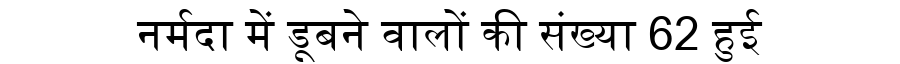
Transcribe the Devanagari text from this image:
नर्मदा में डूबने वालों की संख्या 62 हुई